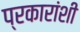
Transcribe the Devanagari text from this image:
प्रकारांशी